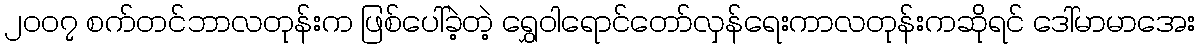
၂၀၀၇ စက်တင်ဘာလတုန်းက ဖြစ်ပေါ်ခဲ့တဲ့ ရွှေဝါရောင်တော်လှန်ရေးကာလတုန်းကဆိုရင် ဒေါ်မာမာအေး